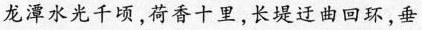
龙潭水光千顷，荷香十里，长堤迂曲回环，垂